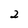
Character: 2